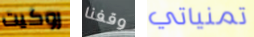
روكيت وقفنا تمنياتي